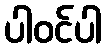
ပါဝင်ပါ